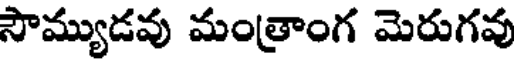
సౌమ్యుడవు మంత్రాంగ మెరుగవు